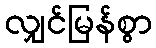
လျှင်မြန်စွာ